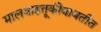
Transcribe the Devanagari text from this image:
मालवाहतूकीबाबतीत